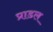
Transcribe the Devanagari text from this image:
प्राडल